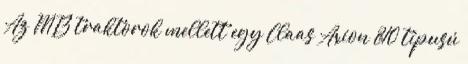
Az MTZ traktorok mellett egy Claas Axion 810 típusú